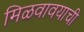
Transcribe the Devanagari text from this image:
मिळवावयाची